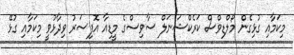
މިކަމާއި ގުޅިގެން މޯލްޑިވްސް ކަރެކްޝަނަލް ސާވިސްގެ މީޑިއާ އޮފިސަރު ވިދާޅުވީ މިކަމާއި ގުޅޭ